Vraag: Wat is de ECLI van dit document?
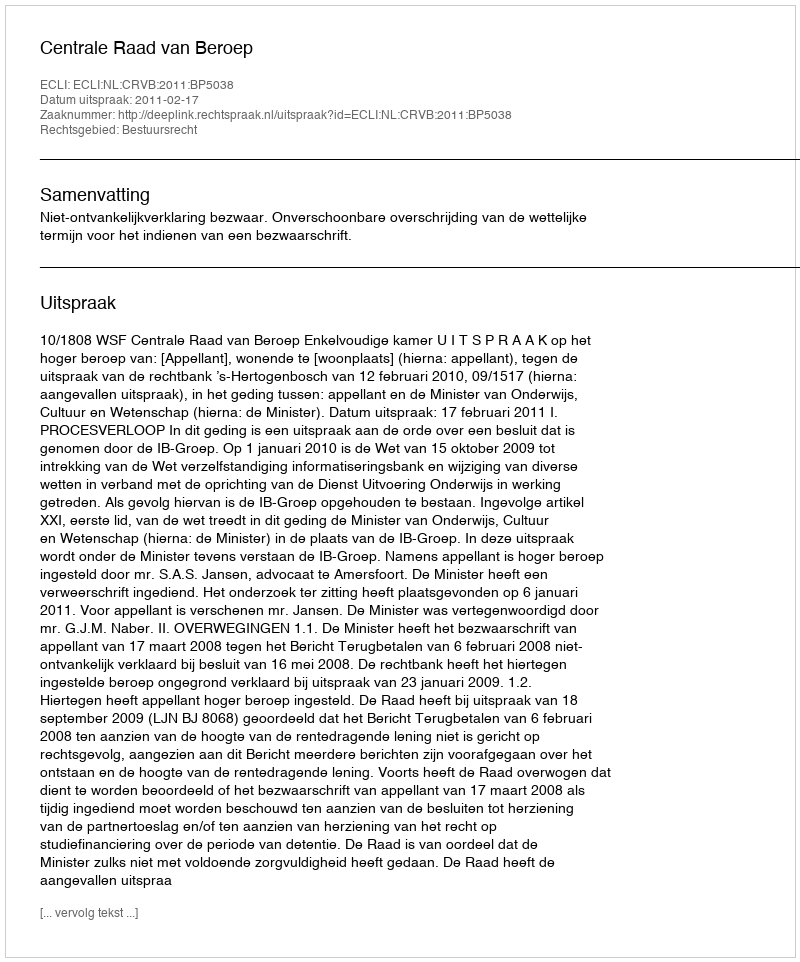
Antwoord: ECLI:NL:CRVB:2011:BP5038